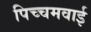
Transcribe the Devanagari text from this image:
पिच्चमवाई